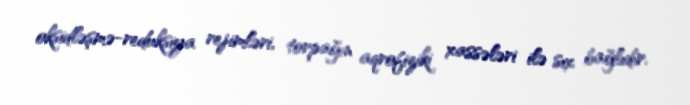
oksidləşmə-reduksiya rejimləri, torpağın aqrofiziki xassələri ilə sıx bağlıdır.